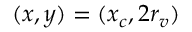
( x , y ) = ( x _ { c } , 2 r _ { v } )